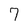
Character: 7